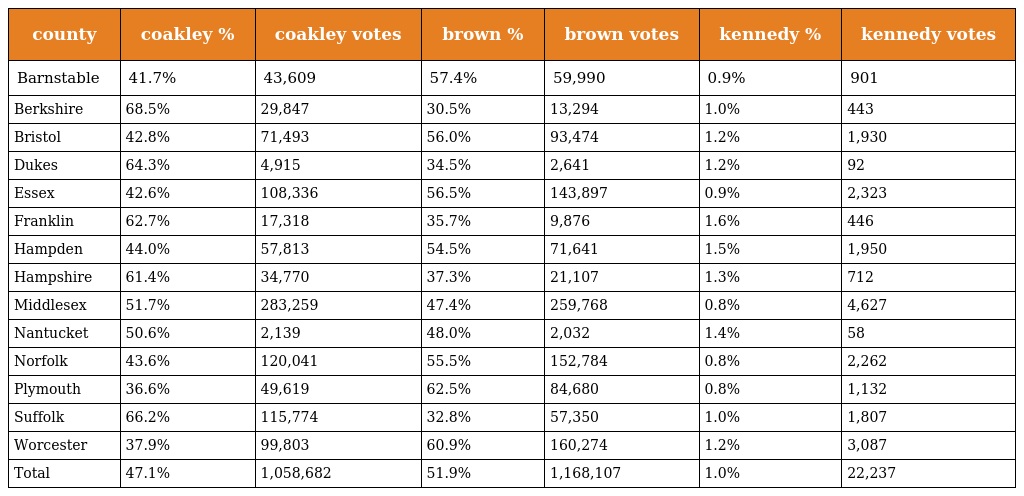
| county | coakley % | coakley votes | brown % | brown votes | kennedy % | kennedy votes |
 | --- | --- | --- | --- | --- | --- | --- |
 | Barnstable | 41.7% | 43,609 | 57.4% | 59,990 | 0.9% | 901 |
 | Berkshire | 68.5% | 29,847 | 30.5% | 13,294 | 1.0% | 443 |
 | Bristol | 42.8% | 71,493 | 56.0% | 93,474 | 1.2% | 1,930 |
 | Dukes | 64.3% | 4,915 | 34.5% | 2,641 | 1.2% | 92 |
 | Essex | 42.6% | 108,336 | 56.5% | 143,897 | 0.9% | 2,323 |
 | Franklin | 62.7% | 17,318 | 35.7% | 9,876 | 1.6% | 446 |
 | Hampden | 44.0% | 57,813 | 54.5% | 71,641 | 1.5% | 1,950 |
 | Hampshire | 61.4% | 34,770 | 37.3% | 21,107 | 1.3% | 712 |
 | Middlesex | 51.7% | 283,259 | 47.4% | 259,768 | 0.8% | 4,627 |
 | Nantucket | 50.6% | 2,139 | 48.0% | 2,032 | 1.4% | 58 |
 | Norfolk | 43.6% | 120,041 | 55.5% | 152,784 | 0.8% | 2,262 |
 | Plymouth | 36.6% | 49,619 | 62.5% | 84,680 | 0.8% | 1,132 |
 | Suffolk | 66.2% | 115,774 | 32.8% | 57,350 | 1.0% | 1,807 |
 | Worcester | 37.9% | 99,803 | 60.9% | 160,274 | 1.2% | 3,087 |
 | Total | 47.1% | 1,058,682 | 51.9% | 1,168,107 | 1.0% | 22,237 |